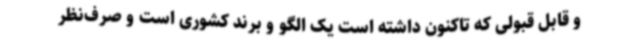
و قابل قبولی که تاکنون داشته است یک الگو و برند کشوری است و صرف‌نظر